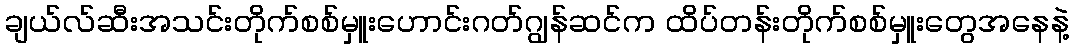
ချယ်လ်ဆီးအသင်းတိုက်စစ်မှူးဟောင်းဂတ်ဂျွန်ဆင်က ထိပ်တန်းတိုက်စစ်မှူးတွေအနေနဲ့